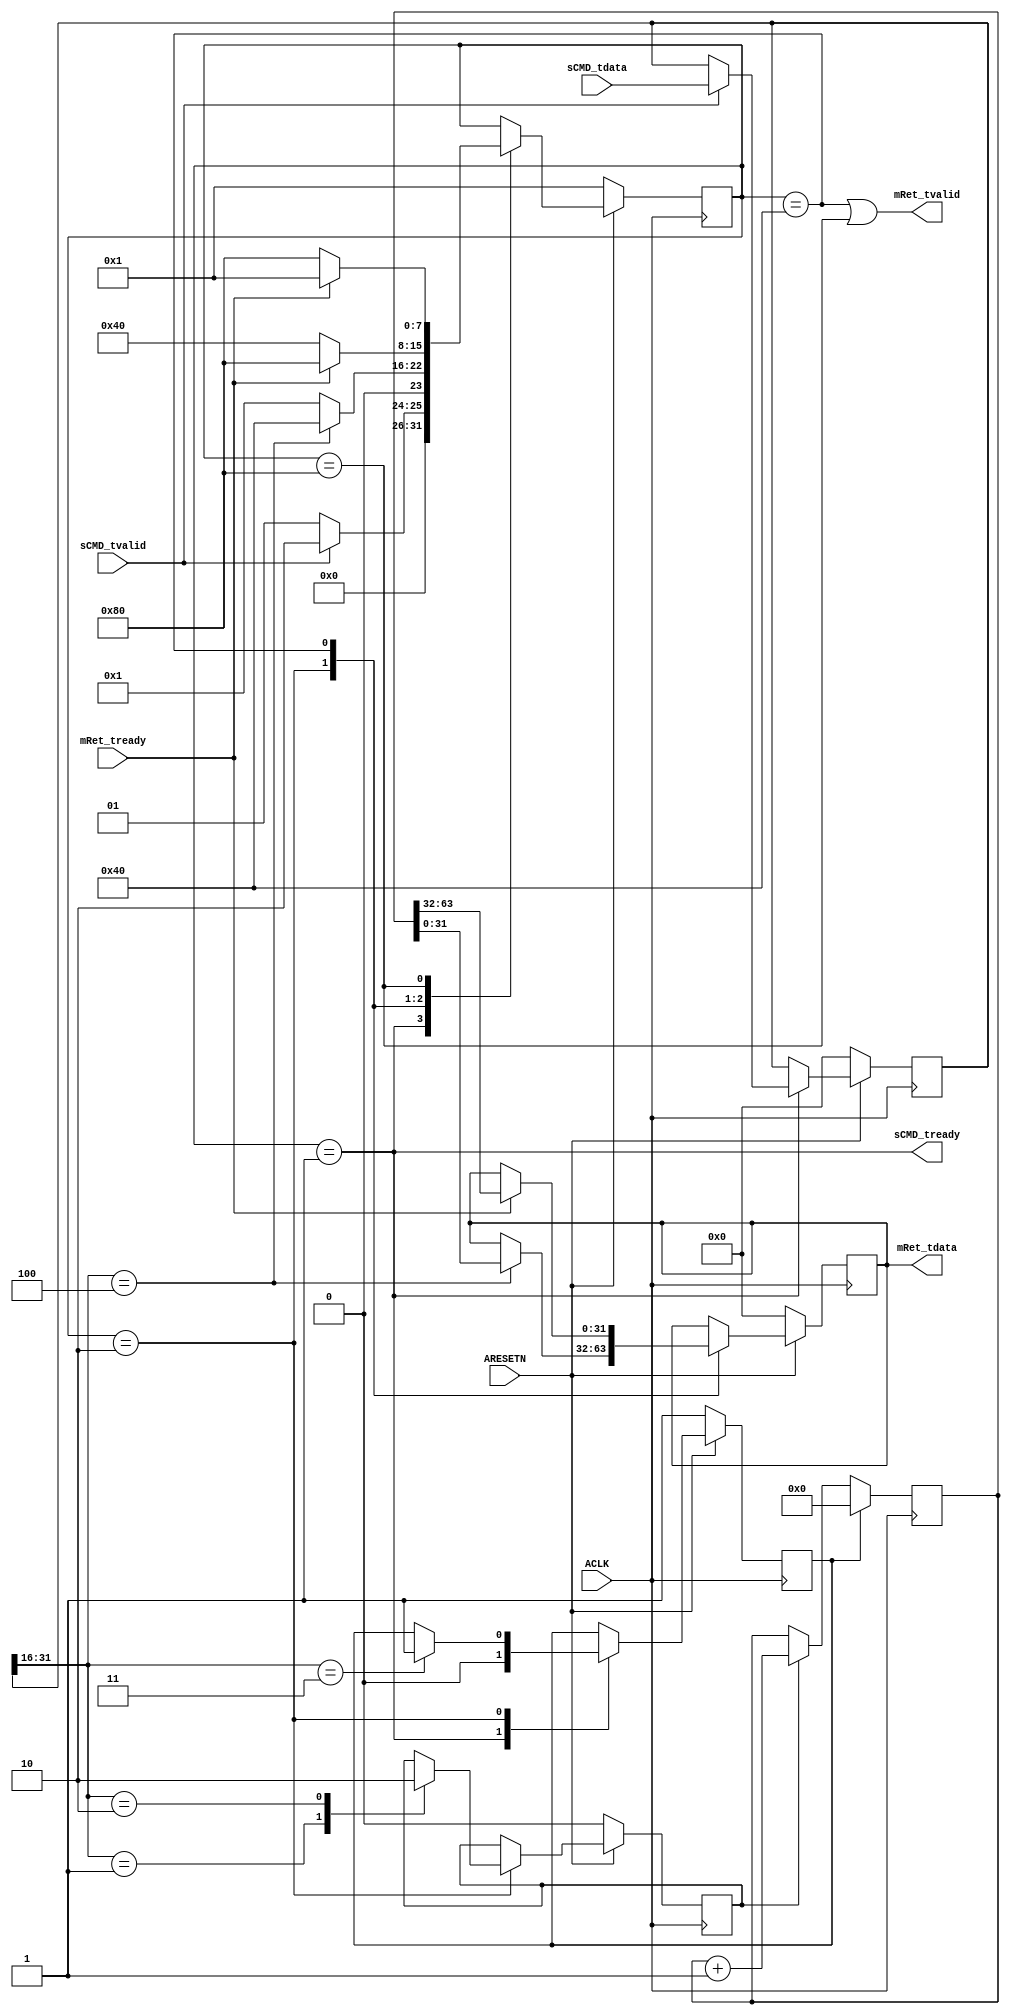
module sm_timer_64
(
  output wire             sCMD_tready   ,
  input  wire             sCMD_tvalid   ,
  input  wire  [31 : 0]   sCMD_tdata    ,
  input  wire             mRet_tready   ,
  output wire             mRet_tvalid   ,
  output wire  [31 : 0]   mRet_tdata    ,
  input  wire             ACLK          ,
  input  wire             ARESETN
);
localparam Fetch           = 8'b00000001; 
localparam Decode          = 8'b00000010; 
localparam SMSTART         = 8'b00000100; 
localparam SMRESET         = 8'b00001000; 
localparam SMSTOP          = 8'b00010000; 
localparam SMLAP           = 8'b00100000; 
localparam SMSEND_Lo       = 8'b01000000; 
localparam SMSEND_Hi       = 8'b10000000; 
localparam OPSTART         = 16'h1;
localparam OPSTOP          = 16'h2;
localparam OPRESET         = 16'h3;
localparam OPREAD          = 16'h4;
localparam OPLAP           = 16'h5;
reg [ 7:0] state       ;
reg [31:0] instruction ;
reg [31:0] rVal        ;
assign mRet_tdata  = rVal;
assign sCMD_tready = (state == Fetch);
assign mRet_tvalid = (state == SMSEND_Lo || state == SMSEND_Hi);
reg  [63 : 0]  counterR;
reg            rRESET;
reg            rEN;
always @(posedge ACLK) begin
  if (rRESET) begin
    counterR <= 64'd0;
  end
  else begin
    if (rEN) begin
      counterR <= counterR + 1;
    end
  end
end
always @(posedge ACLK)
begin
  if(!ARESETN) begin
    state <= Fetch;
    instruction <= 32'd0;
    rVal  <= 32'd0;
    rEN   <= 1'b0;
    rRESET<= 1'b1;
  end
  else begin
    case (state)
      Fetch: begin
        rRESET <= 1'b0;
        if (sCMD_tvalid == 1) begin
          instruction  <= sCMD_tdata;
          state        <= Decode;
        end
        else begin
          state        <= Fetch;
        end
      end
      Decode: begin
        case (instruction[31:16])
          OPSTART: begin
            rEN <= 1'b1;
            state        <= Fetch;
          end
          OPSTOP: begin
            rEN <= 1'b0;
            state        <= Fetch;
          end
          OPRESET: begin
            rRESET <= 1'b1;
            state        <= Fetch;
          end
          OPREAD: begin
            rVal         <= counterR[31:0];
            state        <= SMSEND_Lo;
          end
          default: begin
            state        <= Fetch;
          end
        endcase
      end
      SMSEND_Lo: begin
        if (mRet_tready == 1) begin
          rVal  <= counterR[63:32];
          state <= SMSEND_Hi;
        end
        else begin
          state <= SMSEND_Lo;
        end
      end
      SMSEND_Hi: begin
        if (mRet_tready == 1) begin
          state <= Fetch;
        end
        else begin
          state <= SMSEND_Hi;
        end
      end
    endcase
  end
end
endmodule